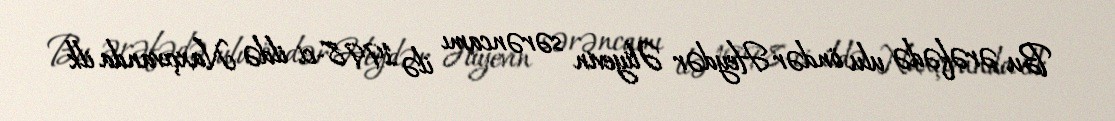
Bu ərəfədə ulu öndər Heydər Əliyevin sərəncamı ilə 1998-ci ildə Naxçıvanda ilk